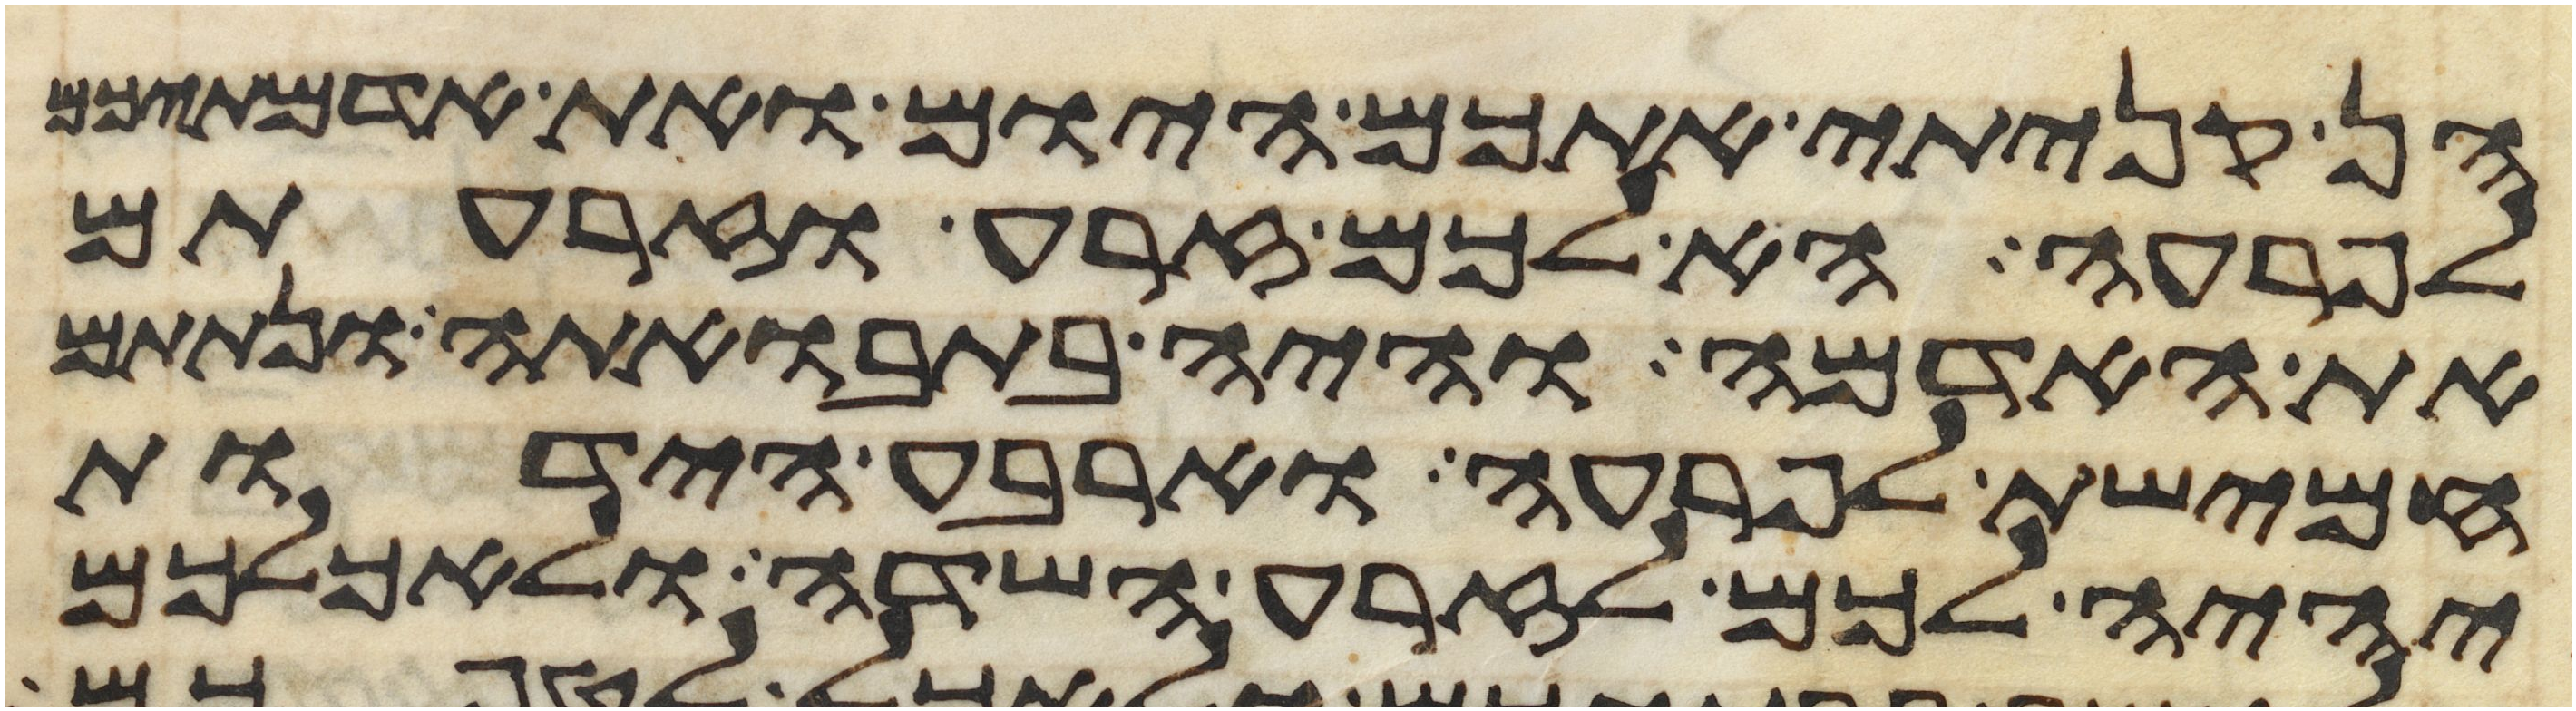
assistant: הן קניתי אתכם היום ואת אדמתיכם
לפרעה הא לכם זרע וזרעתם
את האדמה והיה בתבואתה ונתתם
חמישת לפרעה וארבע הידות
יהיה לכם לזרע השדה ולאכלכם